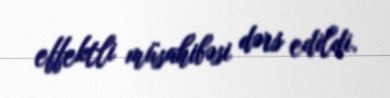
effektli müsahibəsi dərs edildi.